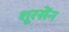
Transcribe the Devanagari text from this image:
शूरसेंन